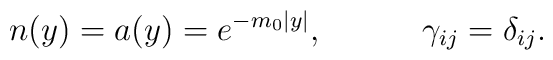
n(y)=a(y)=e^{-m_0|y|},\ \ \ \ \ \ \ \ \  \gamma_{ij}=\delta_{ij}.